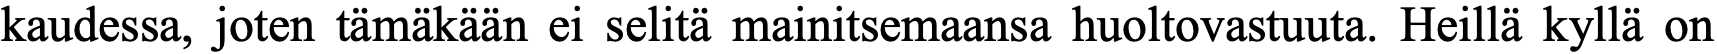
kaudessa, joten tämäkään ei selitä mainitsemaansa huoltovastuuta. Heillä kyllä on